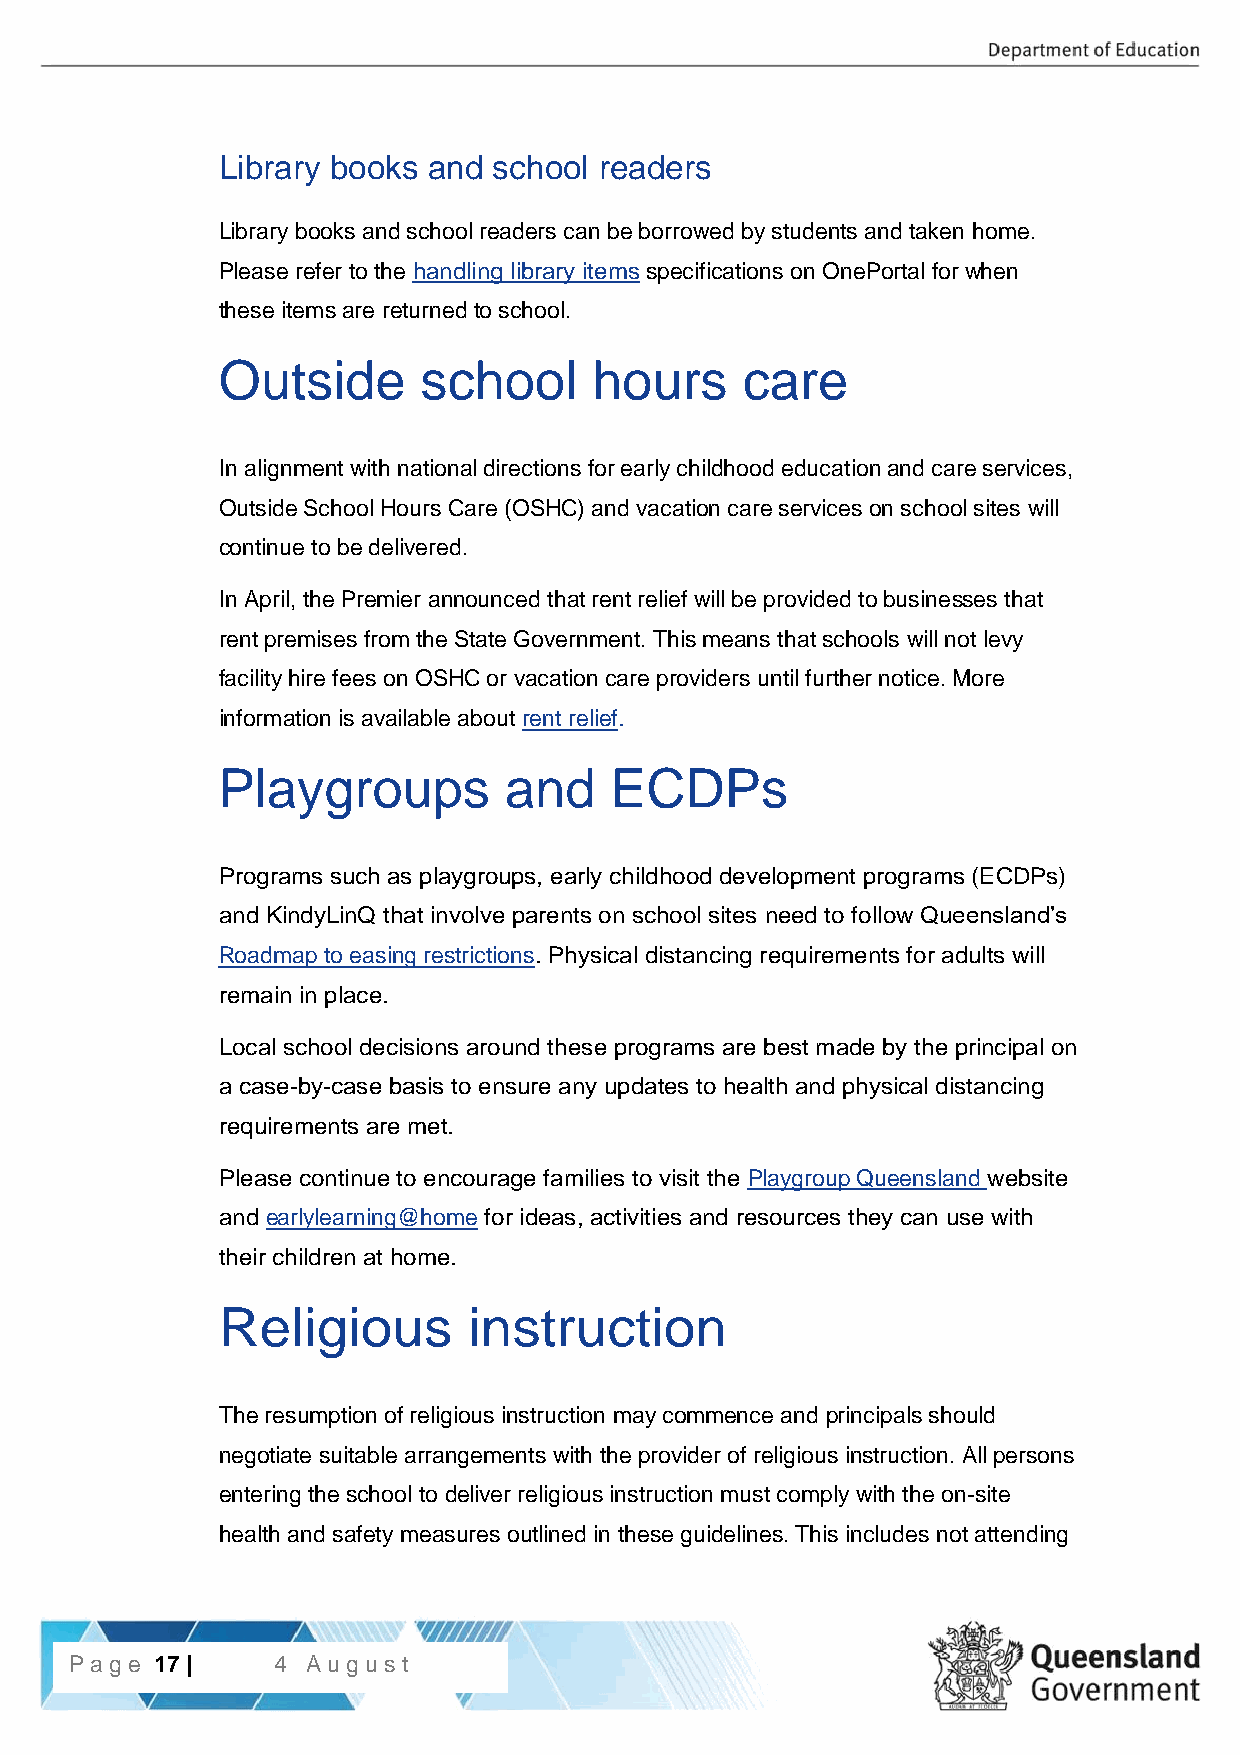
Library books and  school readers
 Library books and school readers can be borrowed by students and taken home.
 Please refer to the handling library items specifications on OnePortal for when
 these items are returned to school.
 Outside       school     hours     care
 In alignment with national directions for early childhood education and care services,
 Outside School Hours Care (OSHC) and vacation care services on school sites will
 continue to be delivered.
 In April, the Premier announced that rent relief will be provided to businesses that
 rent premises from the State Government. This means that schools will not levy
 facility hire fees on OSHC or vacation care providers until further notice. More
 information is available about rent relief.
 Playgroups         and    ECDPs
 Programs such as playgroups, early childhood development programs (ECDPs)
 and KindyLinQ that involve parents on school sites need to follow Queensland’s
 Roadmap to easing restrictions. Physical distancing requirements for adults will
 remain in place.
 Local school decisions around these programs are best made by the principal on
 a case-by-case basis to ensure any updates to health and physical distancing
 requirements are met.
 Please continue to encourage families to visit the Playgroup Queensland website
 and earlylearning@home for ideas, activities and resources they can use with
 their children at home.
 Religious        instruction
 The resumption of religious instruction may commence and principals should
 negotiate suitable arrangements with the provider of religious instruction. All persons
 entering the school to deliver religious instruction must comply with the on-site
 health and safety measures outlined in these guidelines. This includes not attending
 P17a |g Pea 1g7e | 4 Aug ust
 2020